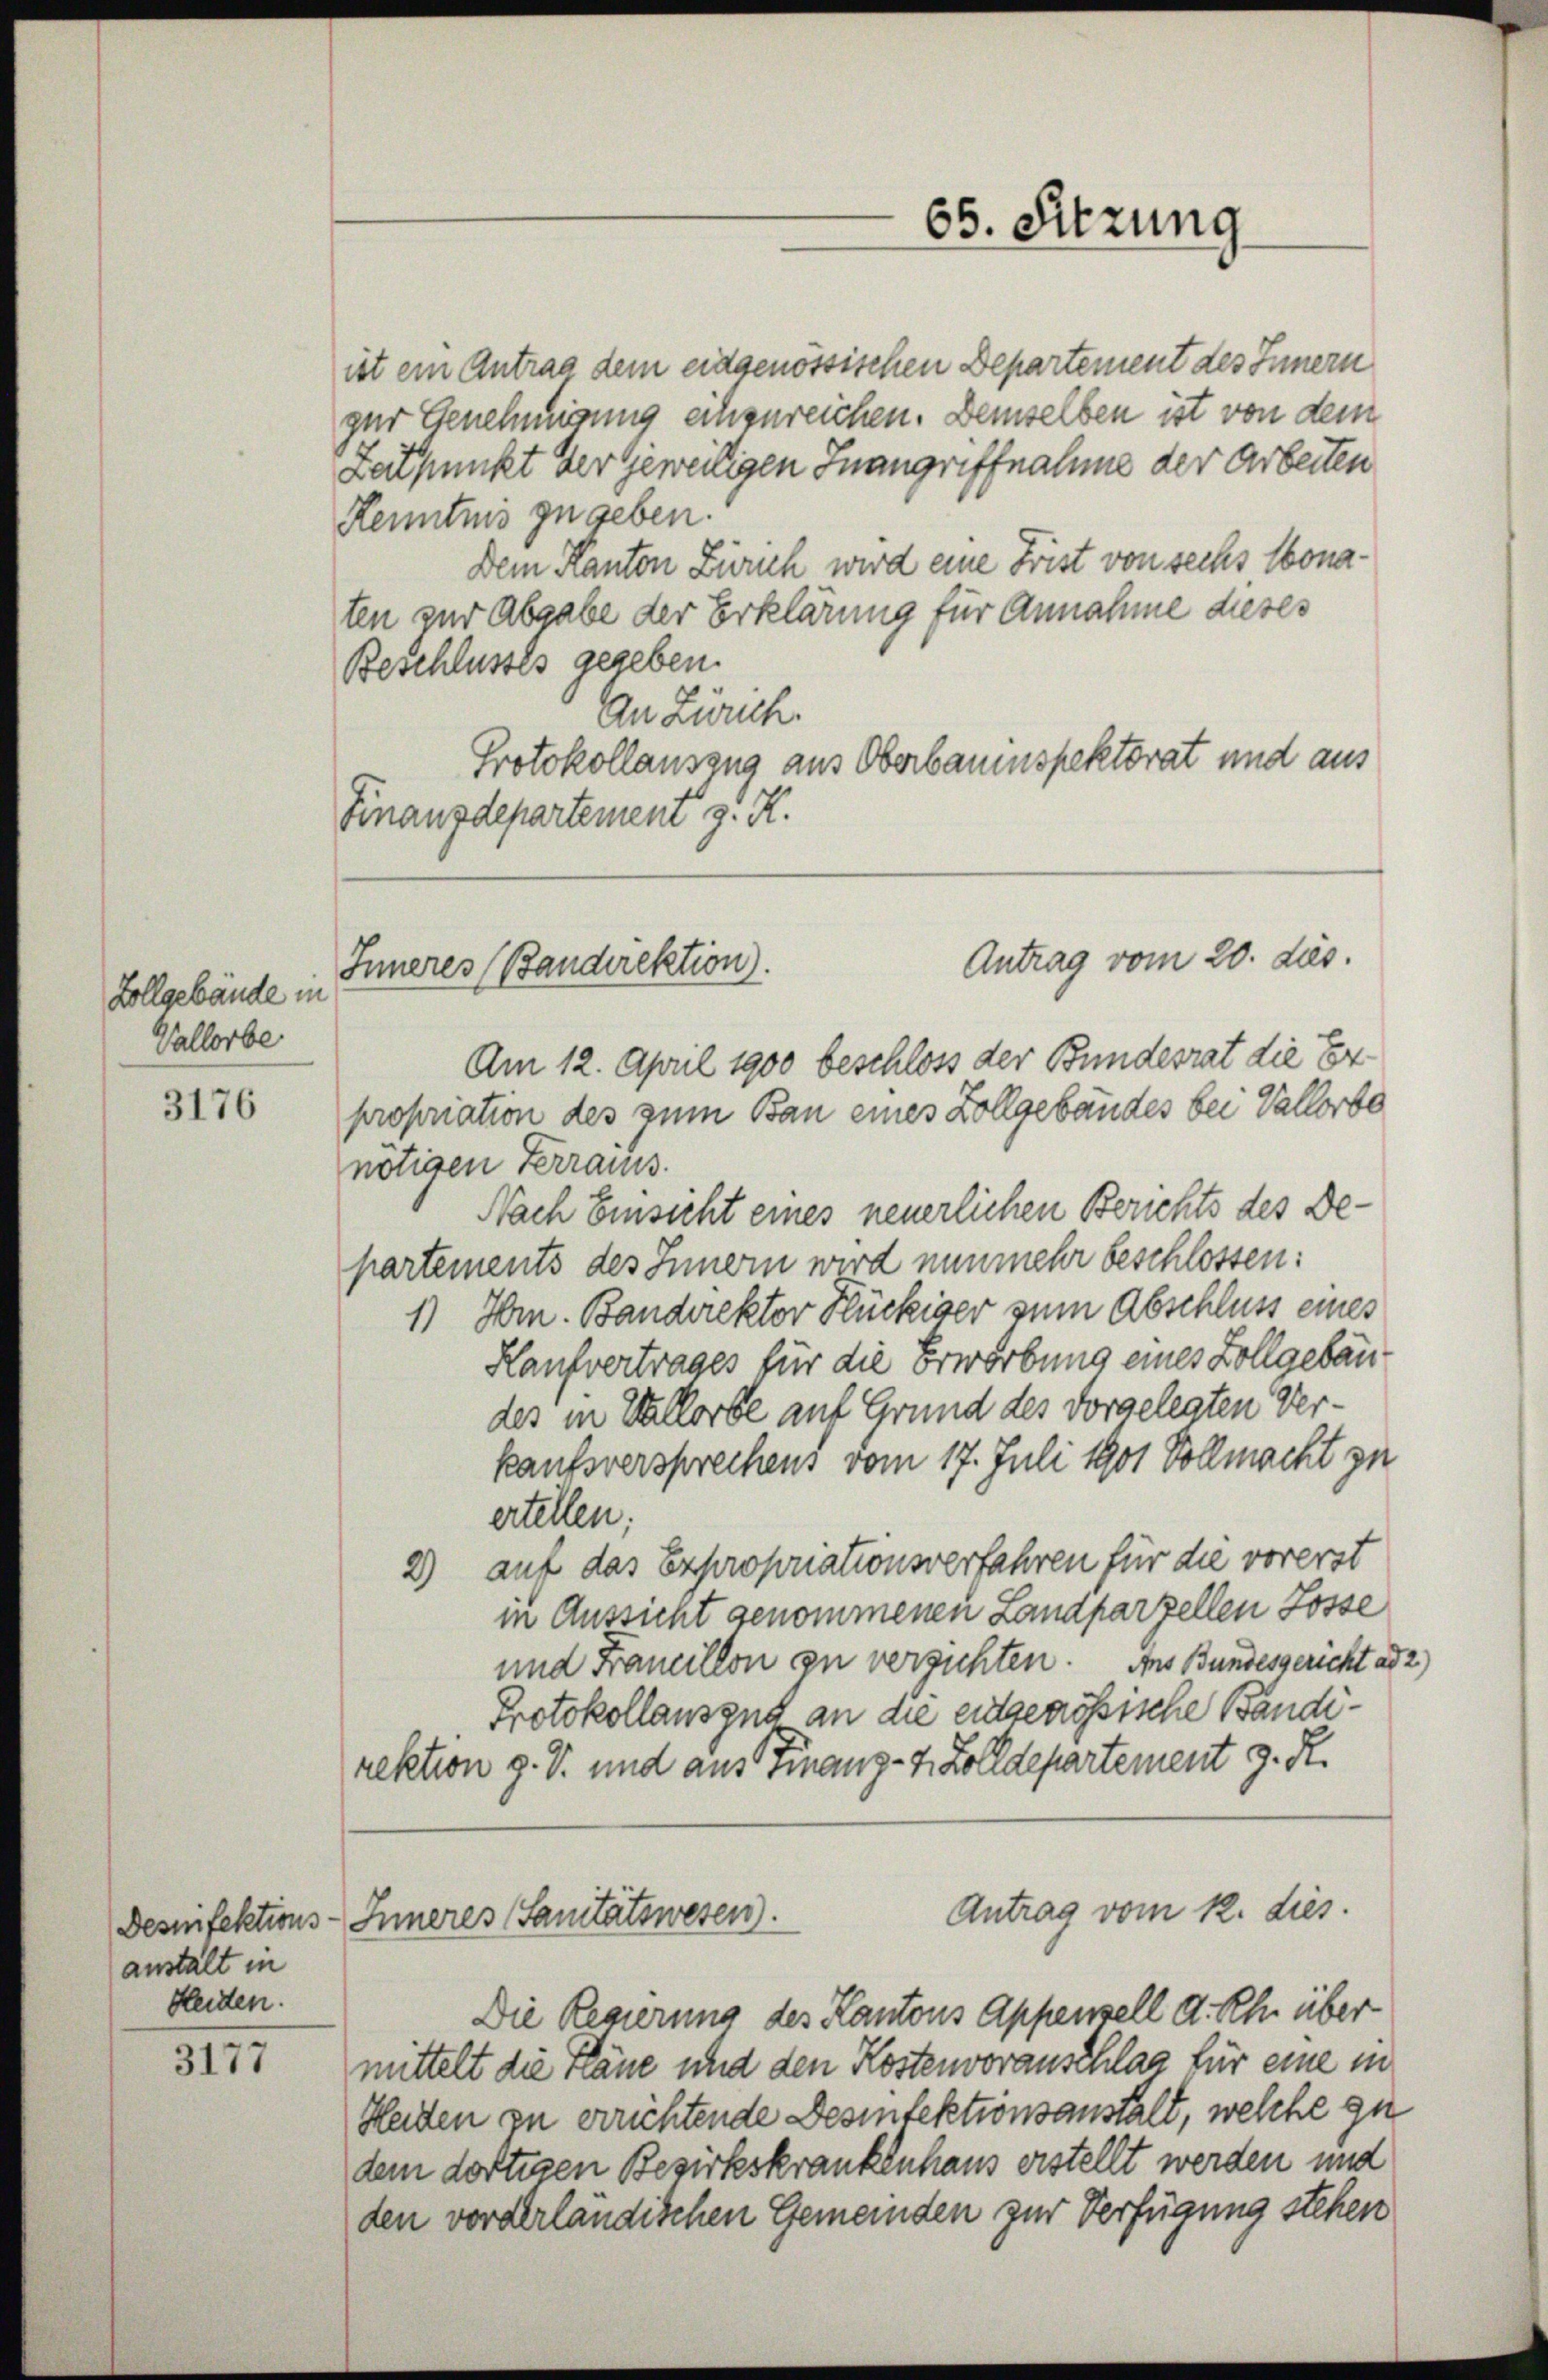
Zollgebäude in
Vallorbe

3176

3177

anstalt in
Heuten.

Inneres (Bandirektion.

ist ein Antrag dem eidgenössischen Departement des Innern
zur Genehmigung einzureichen. Demselben ist von dem
Zeitpunkt der Geweiligen Inangriffnahme der Arbeiten
Kenntnis zu geben.
Dem Kanton Zürich wird eine Frist von sechs Monaten zur Abgabe der Erklärung für Annahme dieses
Beschlusses gegeben.
An Zürich.
Protokollauszug aus Oberbauenspektorat und aus
Finanzdepartement z. K.
Am 12. April 1900 beschloss der Bundesrat die Erpropriation des zum Bau eines Zollgebäudes bei Vallorbe
nötigen Ferraus.
Nach Einsicht eines neuerlichen Berichts des De-
partements des Innern wird nunmehr beschlossen:
1) Hr. Bandirektor Huckiger zum Abschluss eines
Kaufvertrages für die Erwerbung eines Zollgebäudes in Vallorbe auf Grund des vorgelegten Verkaufsversprechens vom 17. Juli 1901 Vollmacht zu
ertellen;
2) auf das Expropriationsverfahren für die vorerst
in Aussicht genommenen Landparzellen Posse
und Francillon zu verzichten. Aus Bundesgericht ad
Protokollausend an die eidgenössische Bandirektion g. T. und aus Finanz-7. Zolldepartement z. R.
Antrag vom 12. dies
Desinfektions-Inneres Sanitätswesen.
Die Regierung des Kantons Appenzell a. Rh. über
mittelt die rane und den Kostenvorauschlag für eine in
Heiden zu errichtende Desinfektionsanstalt, welche zu
dem dortigen Bezirkskrankenhaus erstellt werden und
den vorderländischen Gemeinden zur Verfügung stehen

65. Sitzung

Antrag vom 20. ds.